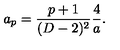
a _ { p } = { \frac { p + 1 } { ( D - 2 ) ^ { 2 } } } { \frac { 4 } { a } } .